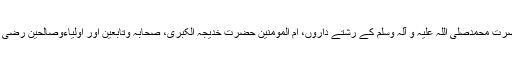
اس قبرستان میں سرورِ کونین حضرت محمدصلی اللہ علیہ و آلہ وسلم کے رشتے داروں، ام المومنین حضرت خدیجہ الکبریٰؓ، صحابہ وتابعین اور اولیاءوصالحین رضی اللہ عنھم کے مزارات مقدسہ ہیں۔